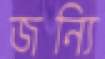
জন্যি